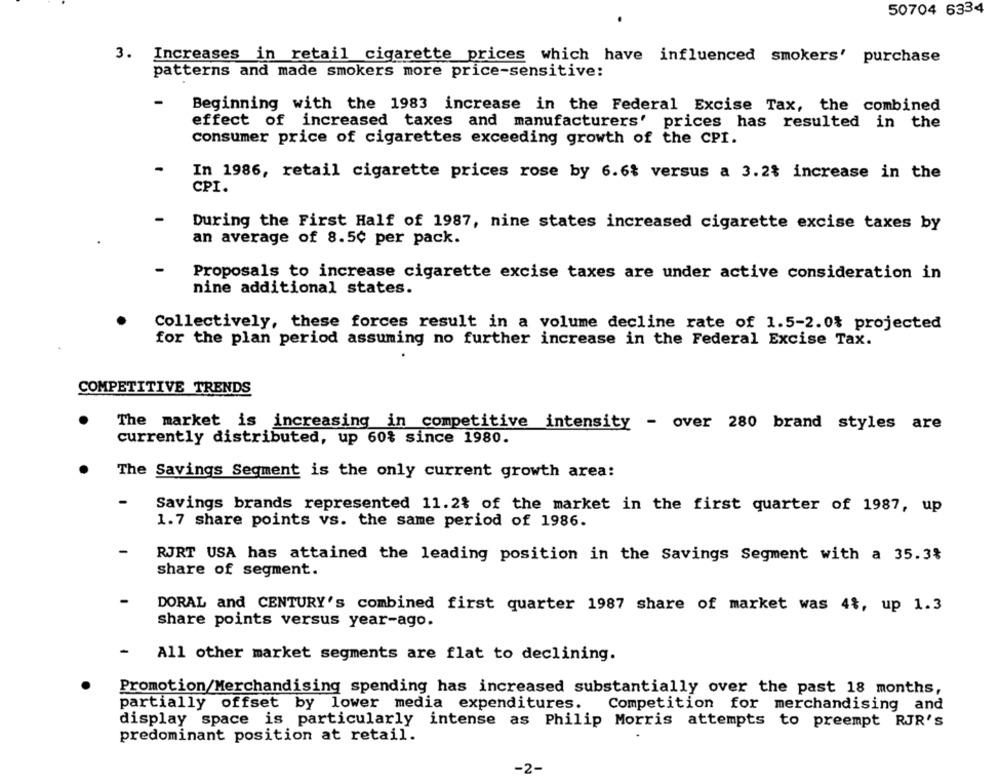
50704 6334
3. Increases in retail cigarette prices which have influenced smokers' purchase
patterns and made smokers more price-sensitive:
Beginning with the 1983 increase in the Federal Excise Tax, the combined
effect of increased taxes and manufacturers' prices has resulted in the
consumer price of cigarettes exceeding growth of the CPI.
In 1986, retail cigarette prices rose by 6.6% versus a 3.2% increase in the
CPI.
During the First Half of 1987, nine states increased cigarette excise taxes by
an average of 8.5¢ per pack.
Proposals to increase cigarette excise taxes are under active consideration in
nine additional states.
Collectively, these forces result in a volume decline rate of 1.5-2.0% projected
for the plan period assuming no further increase in the Federal Excise Tax.
COMPETITIVE TRENDS
The market is increasing in competitive intensity - over 280 brand styles are
currently distributed, up 60% since 1980.
The Savings Segment is the only current growth area:
-
Savings brands represented 11.2% of the market in the first quarter of 1987, up
1.7 share points vs. the same period of 1986.
RJRT USA has attained the leading position in the Savings Segment with a 35.3%
share of segment.
DORAL and CENTURY's combined first quarter 1987 share of market was 4%, up 1.3
share points versus year-ago.
All other market segments are flat to declining.
Promotion/Merchandising spending has increased substantially over the past 18 months,
partially offset by lower media expenditures.
Competition for merchandising and
display space is particularly
intense as Philip Morris attempts to preempt RJR's
predominant position at retail.
-2-